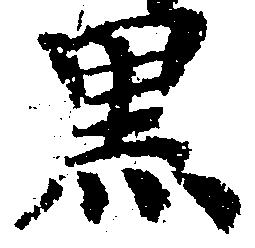
黒